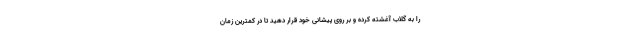
را به گلاب آغشته کرده و بر روی پیشانی خود قرار دهید تا در کمترین زمان